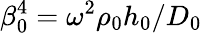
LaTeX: \beta_{0}^{4}=\omega^{2}\rho_{0}h_{0}/D_{0}